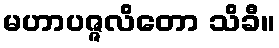
မဟာပဇ္ဇလိတော သိခီ။